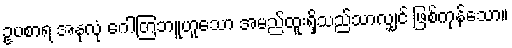
ဥပစာရ အနုလုံ ဂေါတြဘူဟူသော အမည်ထူးရှိသည်သာလျှင် ဖြစ်ကုန်သော။